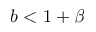
b < 1 + \beta